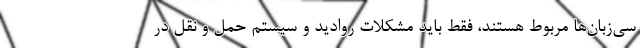
سی‌زبان‌ها مربوط هستند، فقط باید مشکلات روادید و سیستم حمل و نقل در